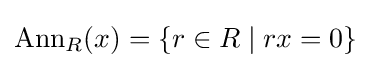
\operatorname {Ann} _{R}(x)=\{r\in R\mid rx=0\}